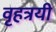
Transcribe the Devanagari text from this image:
वृहत्रयी